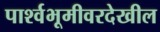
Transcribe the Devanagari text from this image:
पार्श्वभूमीवरदेखील